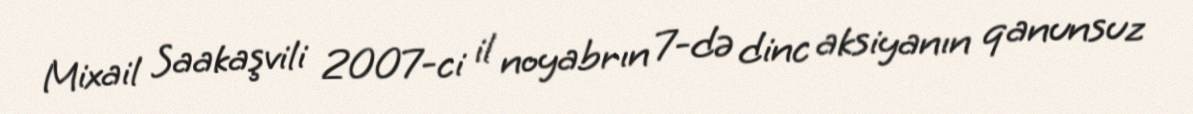
Mixail Saakaşvili 2007-ci il noyabrın 7-də dinc aksiyanın qanunsuz